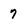
Character: 7